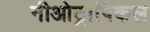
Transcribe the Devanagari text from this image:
नीओट्रापिकल